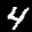
Label: 4